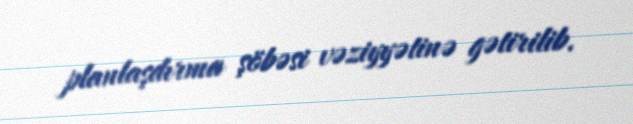
planlaşdırma şöbəsi vəziyyətinə gətirilib.